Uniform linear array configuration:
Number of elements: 16
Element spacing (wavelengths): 1
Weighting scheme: blackman
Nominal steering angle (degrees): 0
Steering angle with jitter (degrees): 1.871
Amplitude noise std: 0.05
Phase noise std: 0.05

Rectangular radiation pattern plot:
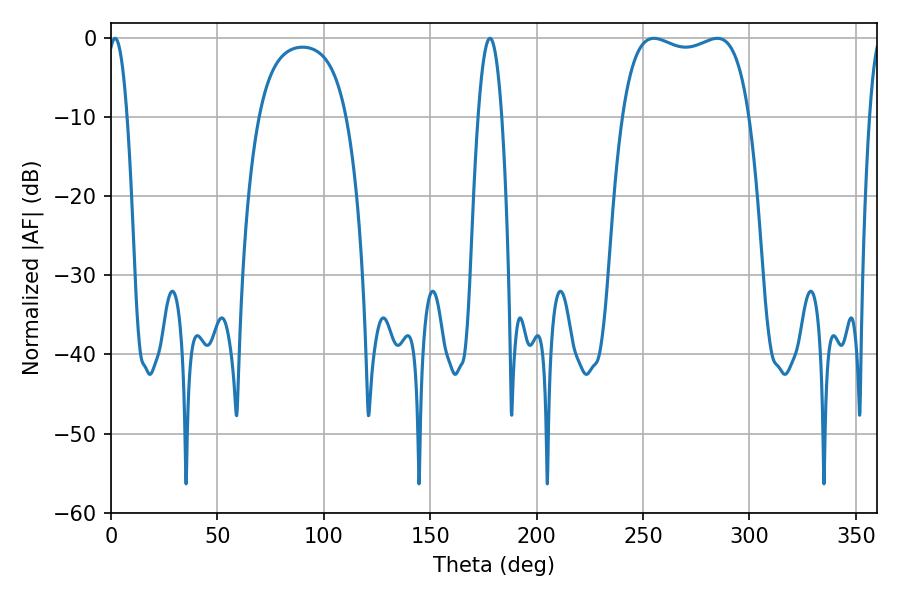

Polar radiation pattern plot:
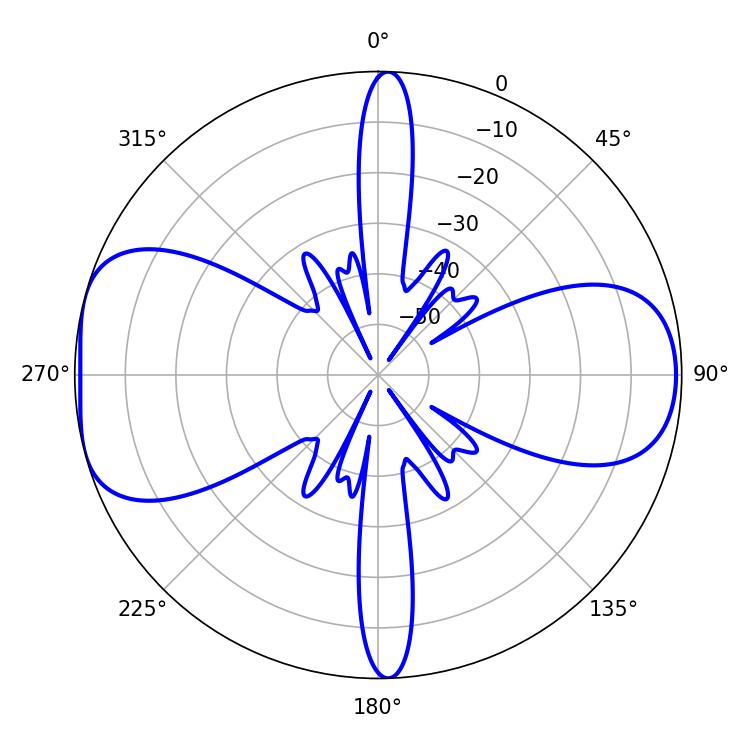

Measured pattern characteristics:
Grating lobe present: TRUE
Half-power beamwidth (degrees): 48.24
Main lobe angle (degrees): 255.06